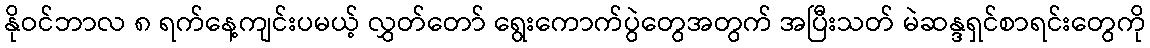
နိုဝင်ဘာလ ၈ ရက်နေ့ကျင်းပမယ့် လွှတ်တော် ရွေးကောက်ပွဲတွေအတွက် အပြီးသတ် မဲဆန္ဒရှင်စာရင်းတွေကို